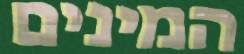
המינים